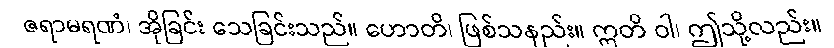
ဇရာမရဏံ၊ အိုခြင်း သေခြင်းသည်။ ဟောတိ၊ ဖြစ်သနည်း။ ဣတိ ဝါ၊ ဤသို့လည်း။